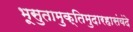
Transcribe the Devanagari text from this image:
भूसुतामुक्तिमुदारहासंवंदे